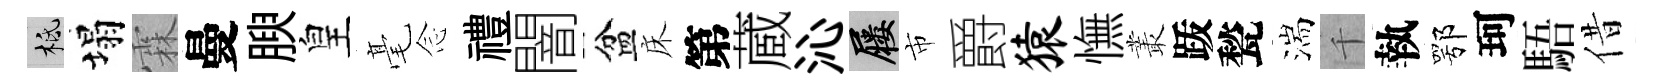
柢塌霖曼腴皇毫𫝹禮闇盆床第蔵沁屨市爵猿憮叢䟦甃湍千執鄂珂䮏借